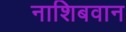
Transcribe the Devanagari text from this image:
नाशिबवान